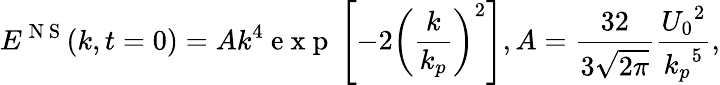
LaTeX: {{E}^{\mathrm{~N~S~}}}(k,t=0)=A{{k}^{4}}\mathrm{~e~x~p~}\left[-2{{\left(\frac{k}{{{k}_{p}}}\right)}^{2}}\right],A=\frac{32}{3\sqrt{2\pi}}\frac{{{U}_{0}}^{2}}{{{k}_{p}}^{5}},